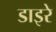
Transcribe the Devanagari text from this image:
डाइरे